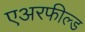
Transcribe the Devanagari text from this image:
एअरफील्ड